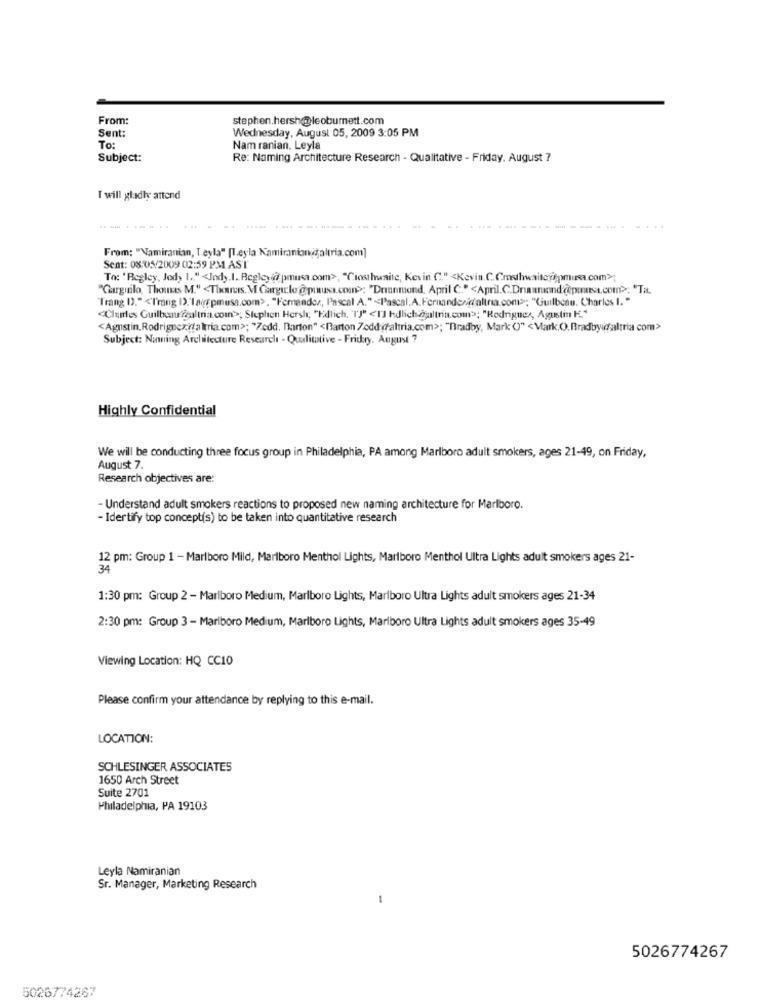
From:
stephen.hersh@leoburnett.com
Sent:
Wednesday, August 05, 2009 3:05 PM
To:
Nam ranian. Leyla
Subject:
Re: Naming Architecture Research - Qualitative - Friday, August 7
I will gladly attend
--.
From: "Namiranian, I eyla" [l.eyla Kamiranian;altria.com]
Sent: 08/05/2009 02:59 PM AST
To: 'Begley, Jod, 1 .. " <Jody.I. Begley@ pmusa.com>, "(rosthwaite, Kevin C." <Kevin.C.Cmsthwaite@pmuna.com>;
"Ciarginilo, Thomas M." <Tlamas. M.Cargulo @prust.com>>: "Drinnmond. April C." <April.C.Diamond@pmutat.com>; "Ta.
Trang D)."<Trang I).la(pmusa.com>. "Femander, Pascal A." << Pascal.A.Fernandezidalina.com>; "Guilbcau. Charles I."
"Clues Guilbeugealtria com>>; Stephen Hersh; "Edlich, TJ" <13 hdlichaltrin.com"; "Rodrigues, Agustin K."
<Agustin,Rodrigoczitaltria.com>; "Zedd. Barton" <Barton Zedd d'altria.com>; "Bradby, Mark ()" <Mark.O). Bradbyidaltria com>
Subject: Nanning Architecture Research - Qualitative - Friday. August 7
Highly Confidential
We will be conducting three focus group in Philadelphia, PA among Marlboro adult smokers, ages 21-49, on Friday,
August 7.
Research objectives are:
- Understand adult smokers reactions to proposed new naming architecture for Marlboro.
- Idertify top concept(s) to be taken into quantitative research
12 pm: Group 1 - Marlboro Mild, Marlboro Menthol Lights, Marlboro Menthol Ultra Lights adult smokers ages 21-
34
1:30 pm: Group 2 - Marlboro Medium, Marlboro Lights, Marlboro Ultra Lights adult smokers ages 21-34
2:30 pm: Group 3 - Marlboro Medium, Marlboro Lights, Marlboro Ultra Lights adult smokers ages 35-49
Viewing Location: HQ CC10
Please confirm your attendance by replying to this e-mail.
LOCATION:
SCHLESINGER ASSOCIATES
1650 Arch Street
Suite 2701
Philadelphia, PA 19103
Leyla Namiranian
Sr. Manager, Marketing Research
-
5026774267
5026774267